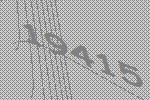
19415